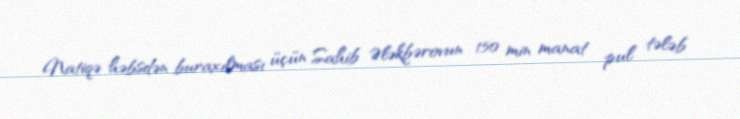
Natiqə həbsdən buraxılması üçün Sahib Ələkbərovun 150 min manat pul tələb